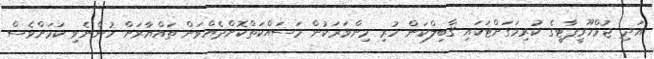
އަދި ޖުމްހޫރީޕާޓީގެ ކުރިމަގަށްޓަކައި ޤާބިލްކަން ހުރި މިންވަރަކުން މަސައްކަތްކޮށްދެއްވަން ތައްޔާރަށް ހުންނެވި ކަމަށްވެސް